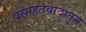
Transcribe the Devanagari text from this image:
वसाहतवादातून